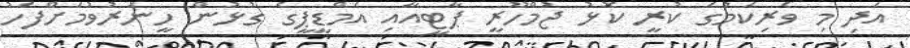
އަދި މި ވެރިކަމުގެ ކުރީ ކޮޅު ޖުމްހޫރީ ޕާޓީއާއި އެމްޑީޕީގެ ގުޅުން ހީނަރުވުމަށްފަހު